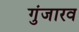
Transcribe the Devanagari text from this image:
गुंजारव